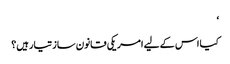
‘
کیا اس کے لیے امریکی قانون ساز تیار ہیں؟